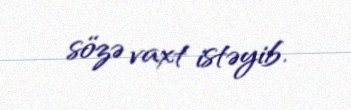
sözə vaxt istəyib.